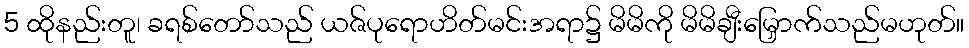
5 ထိုနည်းတူ၊ ခရစ်တော်သည် ယဇ်ပုရောဟိတ်မင်းအရာ၌ မိမိကို မိမိချီးမြှောက်သည်မဟုတ်။